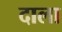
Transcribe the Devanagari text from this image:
दाला